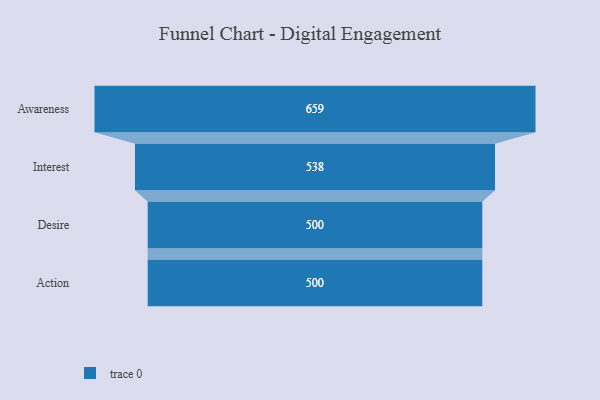
{"axis": {"x": "Stage", "y": "Value"}, "legend": [""], "data": [{"x": "Awareness", "y": 659.0, "type": ""}, {"x": "Interest", "y": 538.0, "type": ""}, {"x": "Desire", "y": 500, "type": ""}, {"x": "Action", "y": 500, "type": ""}]}